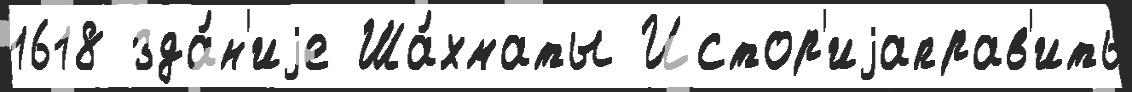
1618 зда́н'иjе Ша́хматы Истор'иjаправ'ить